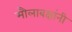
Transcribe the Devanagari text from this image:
मौलाबक्षांनी